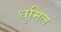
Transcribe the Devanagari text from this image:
धुमिल